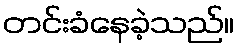
တင်းခံနေခဲ့သည်။